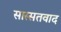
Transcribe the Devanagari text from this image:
सास्सतवाद